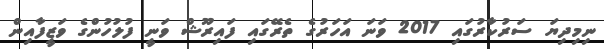
ނިމިދިޔަ ސަރުކާރުގައި 2017 ވަނަ އަހަރުގެ ތެރޭގައި ފައިރޫޝް ވަނީ ފުލުހުންގެ ވަޒީފާއިން